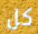
كل